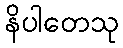
နိပါတေသု